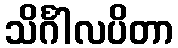
သိင်္ဂါလပိတာ